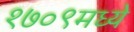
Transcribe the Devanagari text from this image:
१७०९मध्ये